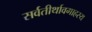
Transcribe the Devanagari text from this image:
सर्वतीर्थावगाहस्य